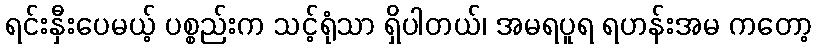
ရင်းနှီးပေမယ့် ပစ္စည်းက သင့်ရုံသာ ရှိပါတယ်၊ အမရပူရ ရဟန်းအမ ကတော့